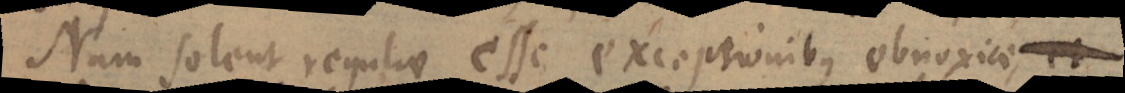
Nam solent regulae esse exceptionibus obnoxiae, et